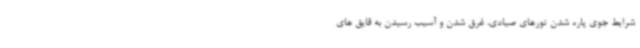
شرایط جوی پاره شدن تورهای صیادی، غرق شدن و آسیب رسیدن به قایق های